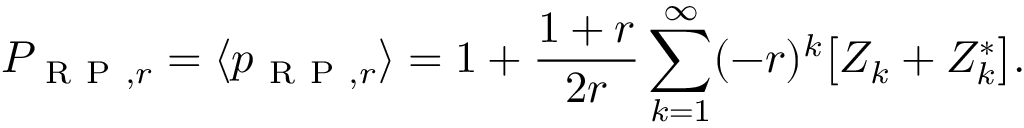
P _ { \mathrm { ~ R ~ P ~ } , r } = \langle p _ { \mathrm { ~ R ~ P ~ } , r } \rangle = 1 + \frac { 1 + r } { 2 r } \sum _ { k = 1 } ^ { \infty } ( - r ) ^ { k } \big [ Z _ { k } + Z _ { k } ^ { \ast } \big ] .